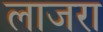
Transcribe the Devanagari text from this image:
लाजरा